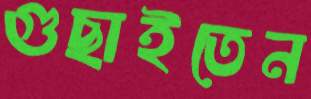
গুছাইতেন